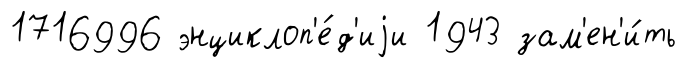
1716996 энциклоп'е́д'иjи 1943 зам'ен'и́ть